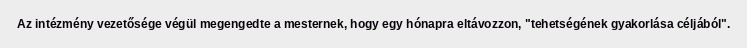
Az intézmény vezetősége végül megengedte a mesternek, hogy egy hónapra eltávozzon, "tehetségének gyakorlása céljából".